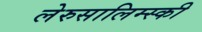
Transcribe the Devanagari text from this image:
लेरुसालिम्स्की